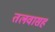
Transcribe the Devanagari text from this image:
तलवासह